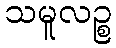
သမူလဉ္စ